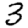
Digit: 3